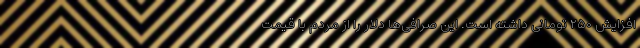
افزایش ۲۵۰ تومانی داشته است. این صرافی‌ها دلار را از مردم با قیمت